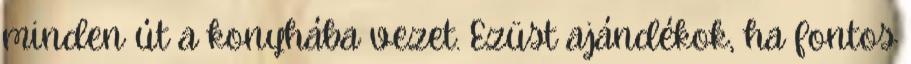
minden út a konyhába vezet. Ezüst ajándékok, ha fontos